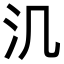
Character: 㲹